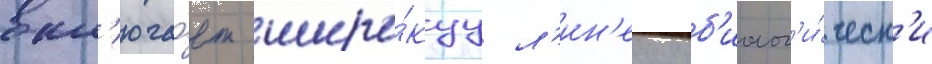
вкл'юча́ет широ́куу л'ин'еику б'иолог'и́ческ'и